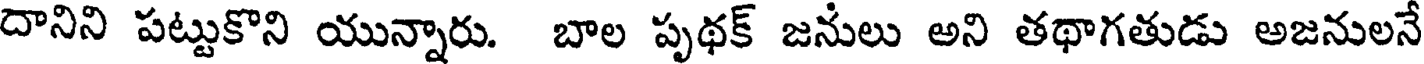
దానిని పట్టుకొని యున్నారు. బాల పృథక్ జనులు అని తథాగతుడు అజనులనే